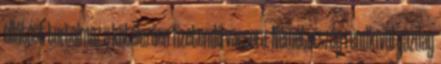
ellátást tartalmaz a kötelezően fizetendő vacsora. Németország rendkívül gazdag